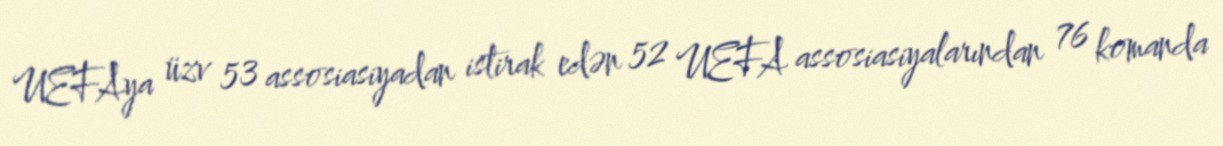
UEFAya üzv 53 assosiasiyadan istirak edən 52 UEFA assosiasiyalarından 76 komanda